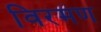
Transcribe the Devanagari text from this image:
विरमण